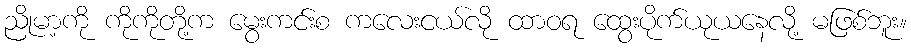
ညိုမာ့ကို ကိုကိုတို့က မွေးကင်းစ ကလေးငယ်လို ထာဝရ ထွေးပိုက်ယုယနေလို့ မဖြစ်ဘူး။